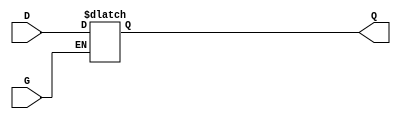
module GatedTransparentLatch (
    input wire D,      // Data input
    input wire G,      // Enable (Gate) signal
    output reg Q       // Output
);

// Always block that triggers on changes to D or G
always @(*) begin
    if (G) begin
        // When G is high, output follows the data input
        Q = D;
    end
    // When G is low, Q retains its last value
end

endmodule